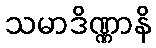
သမာဒိဏ္ဏာနိ